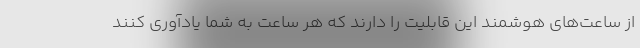
از ساعت‌های هوشمند این قابلیت را دارند که هر ساعت به شما یادآوری کنند